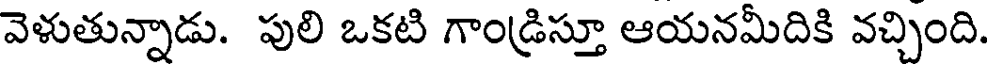
వెళుతున్నాడు. పులి ఒకటి గాండ్రిస్తూ ఆయనమీదికి వచ్చింది.